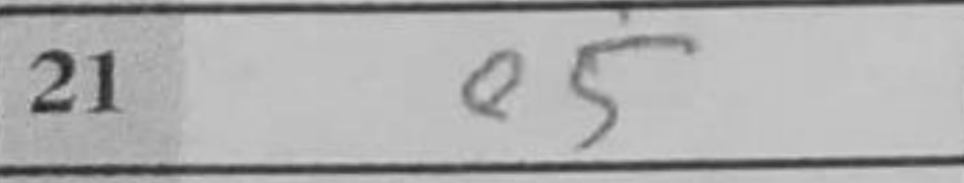
Transcription: e5